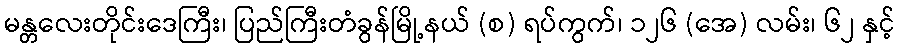
မန္တလေးတိုင်းဒေကြီး၊ ပြည်ကြီးတံခွန်မြို့နယ် (စ) ရပ်ကွက်၊ ၁၂၆ (အေ) လမ်း၊ ၆၂ နှင့်